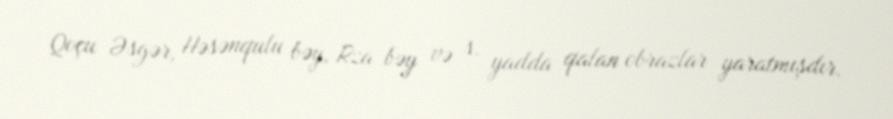
Qoçu Əsgər, Həsənqulu bəy, Rza bəy və s. yadda qalan obrazlar yaratmışdır.